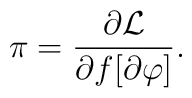
\pi = \frac{\partial{\cal L}}{\partial f [\partial \varphi]} .